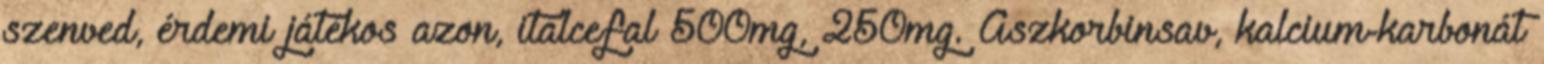
szenved, érdemi játékos azon, italcefal 500mg, 250mg. Aszkorbinsav, kalcium-karbonát